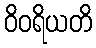
ဝိဝရိယတိ